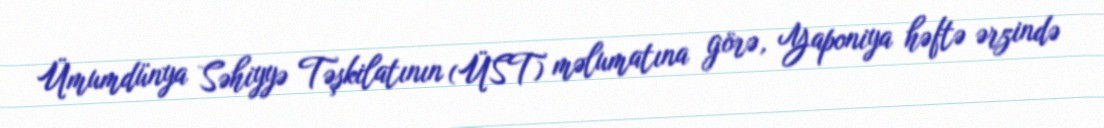
Ümumdünya Səhiyyə Təşkilatının (ÜST) məlumatına görə, Yaponiya həftə ərzində